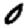
Digit: 0